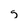
Character: g